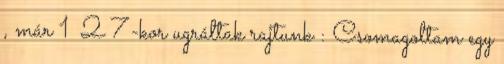
, már 1 2 7-kor ugráltak rajtunk : Csomagoltam egy